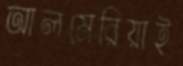
আলমেরিয়াই